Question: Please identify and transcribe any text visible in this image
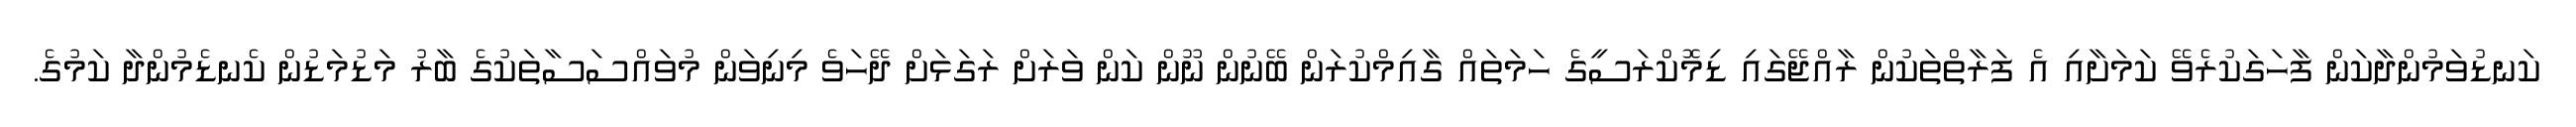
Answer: ކަނޑުވަމުންދާކަން ފާހަގަކުރެވޭ ކަމަށާއި އެ ފަރާތްތަކުން ރާއްޖޭގައި ޑިމޮކްރަސީގެ ހަމަތައް ގާއިމްކުރަން ބޭނުން ނޫން ކަން ވަރަށް ރަގަޅަށް ދޭހަވެ މިނިވަން މުވައްސަސާތަކުގެ ބާރު މަޑުމަޑުން ކެނޑެމުންދާ ކަމުގެ.